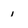
Character: 1